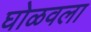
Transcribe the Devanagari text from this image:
घोळवला